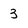
Character: 3